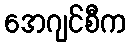
အေဂျင်စီက